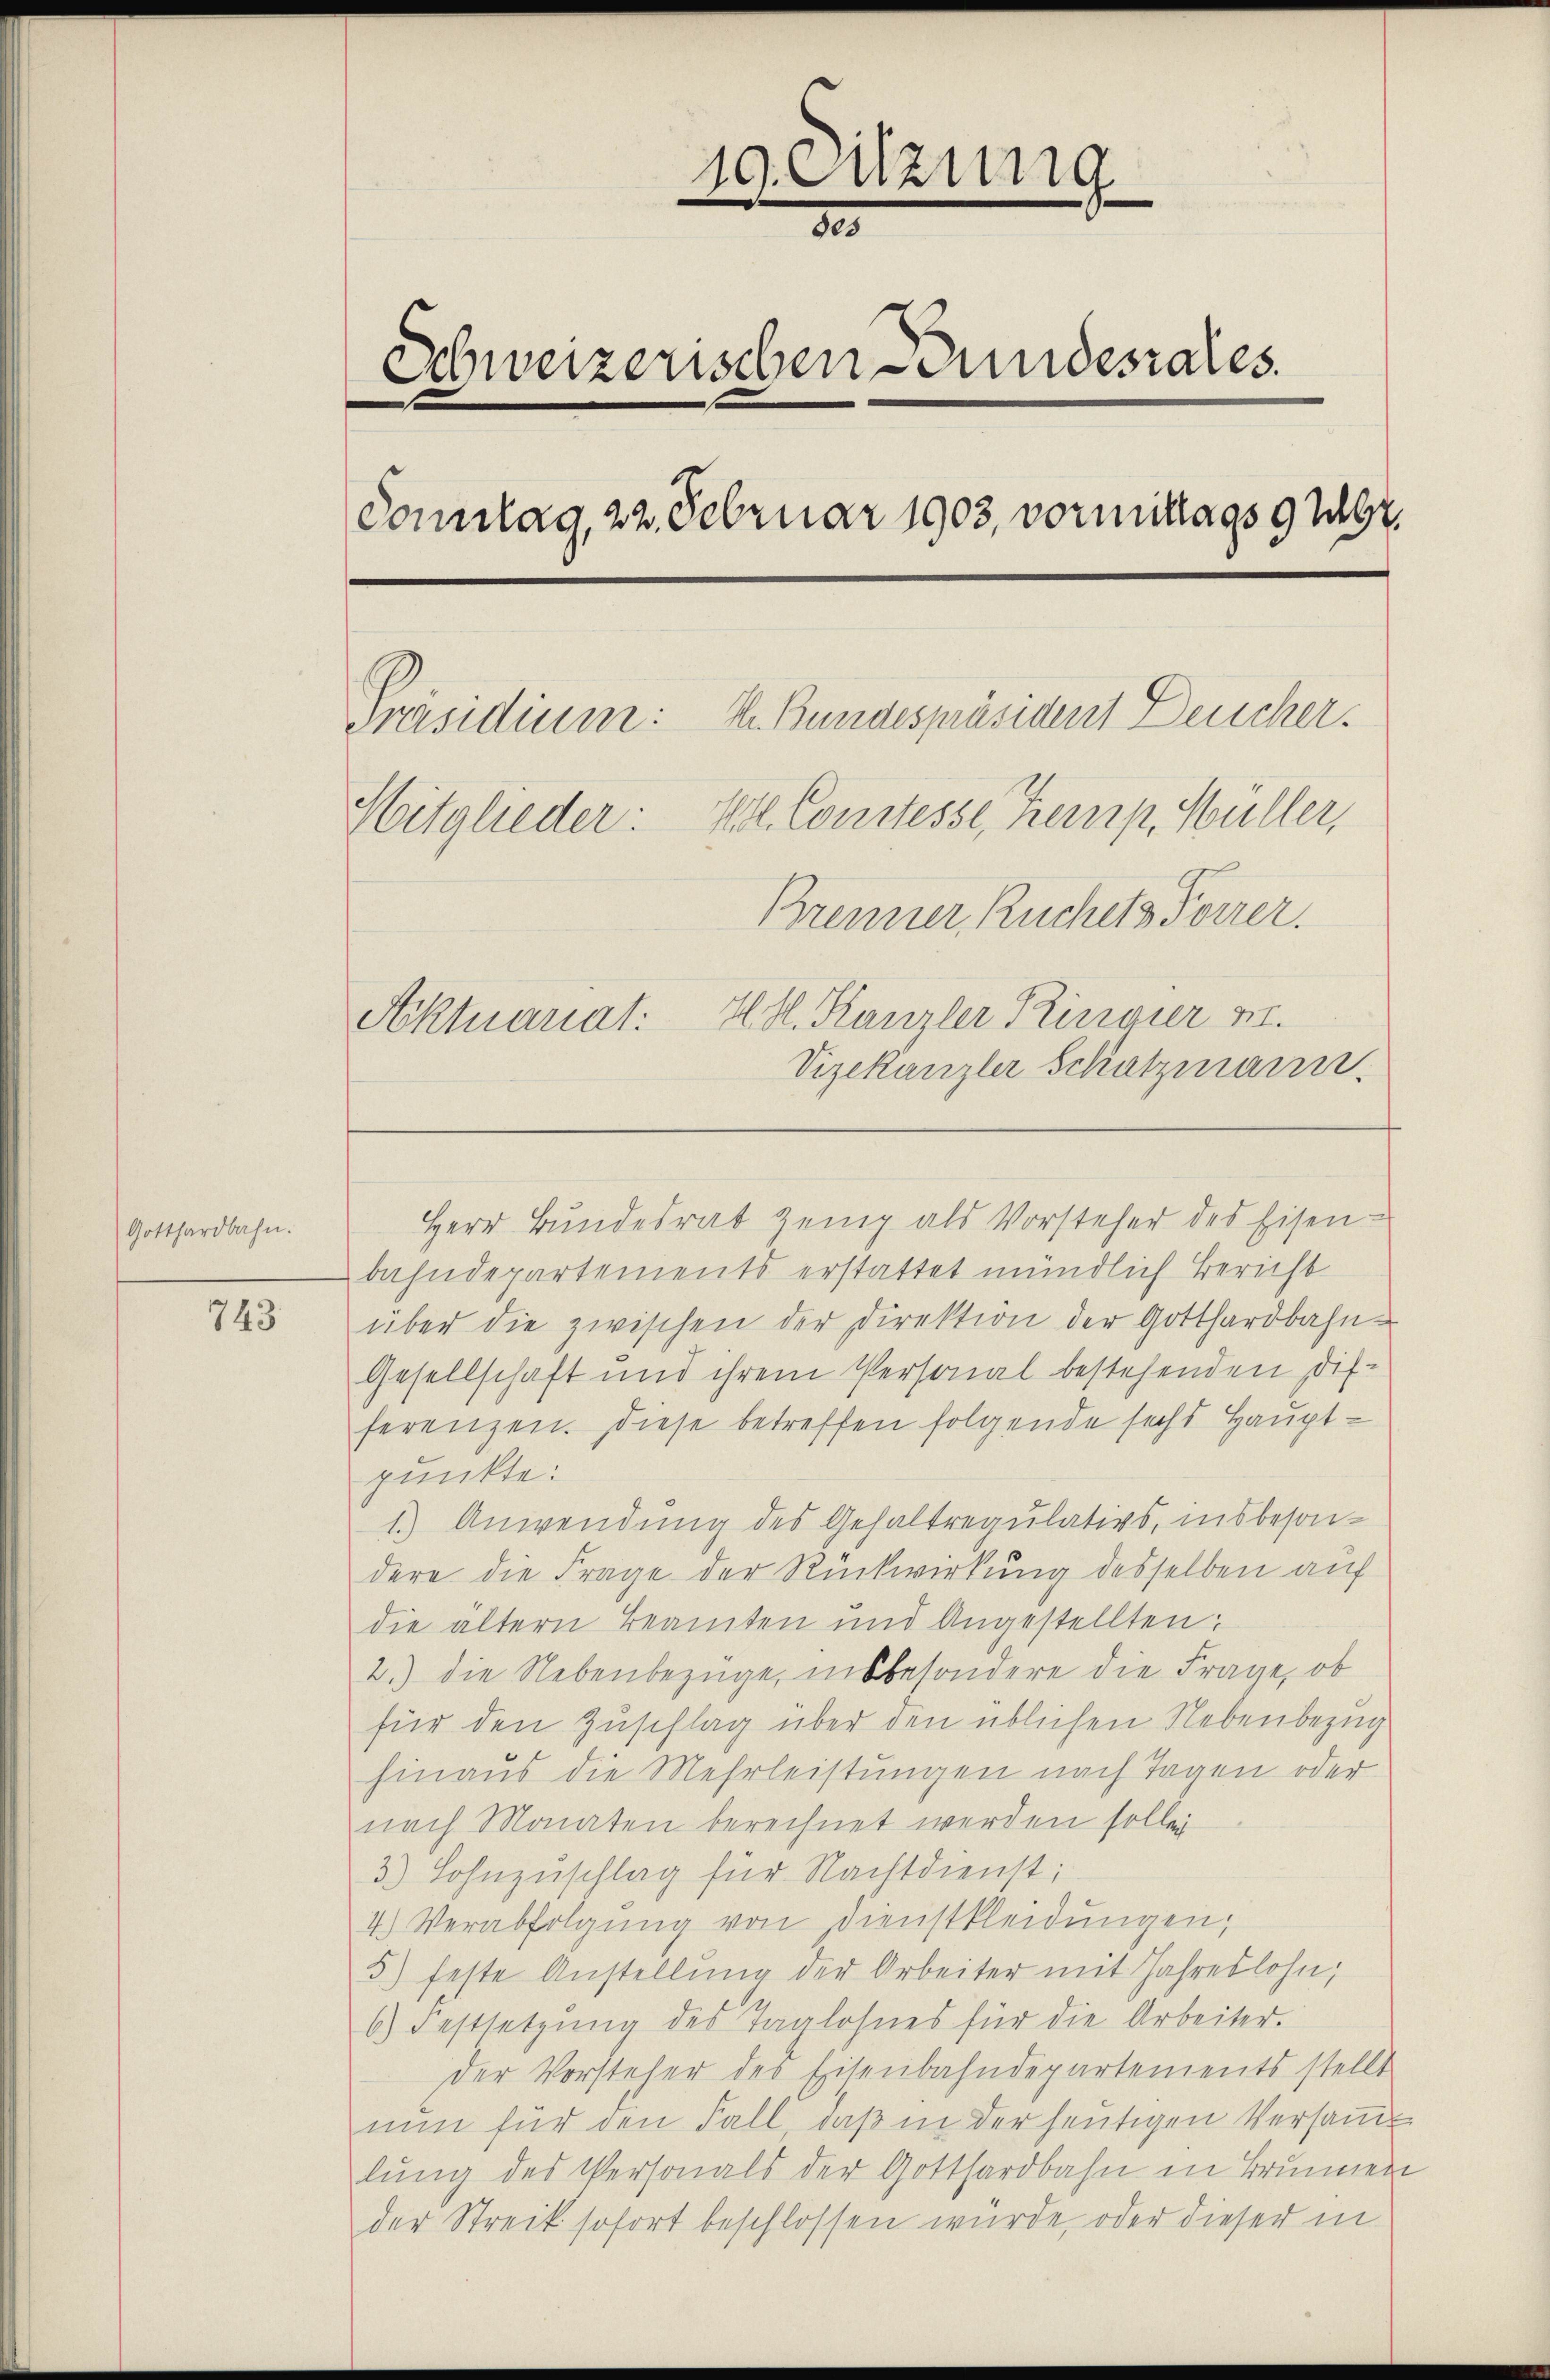
Gotthardbahn.

743

19. Sitzung
n
3
Schweizerischen Bundesrates.
Sonntag, 22. Februar 1903, vormittags 9 Uhr.
Präsidium: M. Bundespräsident Deucher.
Hitglieder: Vtl. Constesse, Kemp. Müller,
Brenner, Ruchets Forrer.
H. H. Kanzler Ringier M.
Aktuariat:
Vizekanzler Schatzmann.

bahndepartements erstattet mündlich Bericht
über die zwischen der Direktion der Gotthardbahn¬
Gesellschaft und ihrem Personal bestehenden Differenzen. Diese betreffen folgende sechs Hauptpunkte:
1.) Anwendung des Gehaltregulativs, insbesondere die Frage der Rückwirkung desselben auf
die ältern Beamten und Angestellten:
2.) die Nebenbezüge, insbesondere die Frage, ob
für den Zuschlag über den üblichen Nebenbezug
hinaus die Mehrleistungen nach Tagen oder
nach Monaten berechnet werden sollen
3) Sohnzuschlag für Nachtdienst;
7.) Verabfolgung von Dienstkleidungen;
5) feste Anstellŭng der Arbeiter mit Jahreslohn,
6) Festsetzung des Taglohnes für die Arbeiter.
der Vorsteher des Eisenbahndepartements stellt
nun für den Fall, daß in der heutigen Versam
lung des Versonals der Gotthardbahn in Brunnen
der Streik sofort beschlossen wurde, oder dieser in

Herr Bundesrat zeig als Vorsteher des Eisen-